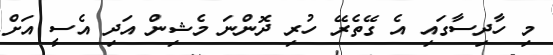
މި ހާދިސާގައި އެ ގޭތެރޭ ހުރި ދޮންނަ މެޝިން އަދި އެސީ އަށް